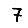
Digit: 7